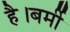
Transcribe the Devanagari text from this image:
है।बर्मी